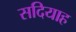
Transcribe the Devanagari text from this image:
सदियाह